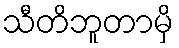
သီတိဘူတာမှိ